Annual report on the health of the army in India
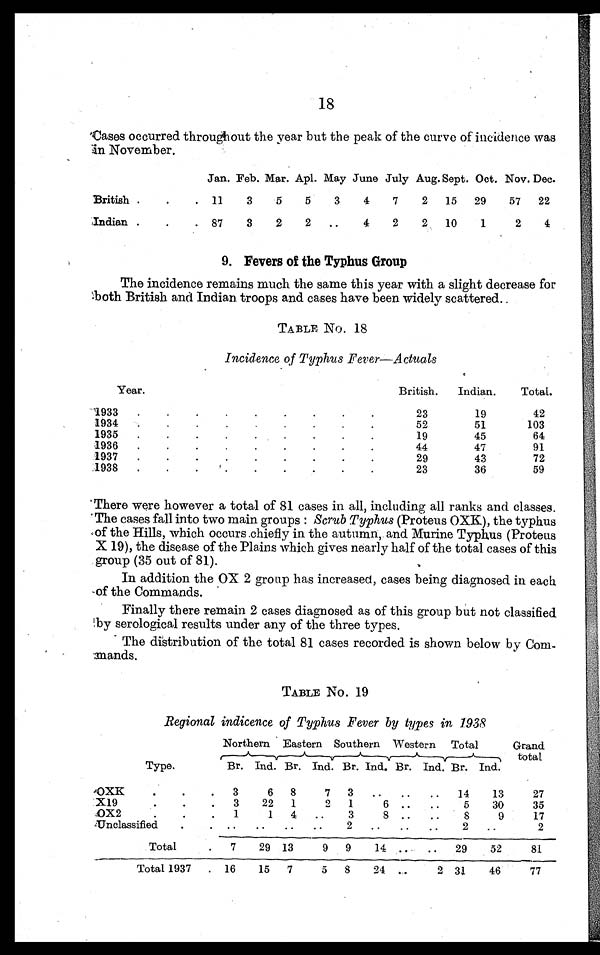
18
Cases occurred throughout the year but the peak of the curve of incidence was
in November.
Jan. Feb. Mar. Apl. May June July Aug. Sept. Oct. Nov. Dec.
British . . .
11
3
5
5
3
4
7
2
15
29
57
22
Indian . . .
87
3
2
2
. .
4
2
2
10
1
2
4
9. Fevers of the Typhus Group
The incidence remains much the same this year with a slight decrease for
both British and Indian troops and cases have been widely scattered.
TABLE No. 18
Incidence of Typhus Fever—Actuals
Year.
British.
Indian.
Total.
1933 . . .
23
19
42
1934 . . .
52
51
103
1935 . . .
19
45
64
1936 . . .
44
47
91
1937 . . .
29
43
72
1938 . . .
23
36
59
There were however a total of 81 cases in all, including all ranks and classes.
The cases fall into two main groups : Scrub Typhus (Proteus OXK), the typhus
of the Hills, which occurs chiefly in the autumn, and Murine Typhus (Proteus
X 19), the disease of the Plains which gives nearly half of the total cases of this
group (35 out of 81).
In addition the OX 2 group has increased, cases being diagnosed in each
of the Commands.
Finally there remain 2 cases diagnosed as of this group but not classified
by serological results under any of the three types.
The distribution of the total 81 cases recorded is shown below by Com-
mands.
TABLE No. 19
Regional indicence of Typhus Fever by types in 1938
Northern Eastern Southern Western Total
Grand
total
Type.
Br. Ind. Br. Ind. Br. Ind. Br. Ind. Br. Ind.
OXK . . .
3
6
8
7
3
. .
. .
. .
14
13
27
X19 . . .
3
22
1
2
1
6
. .
. .
5
30
35
OX2. . .
1
1
4
. .
3
8
. .
. .
8
9
17
Unclassified . . .
. .
. .
. .
. .
2
. .
. .
. .
2
. .
2
Total . . .
7
29 13
9
9
14
. . . .
29
52
81
Total 1937 . . . 16
15
7
5
8
24
. .
2 31
46
77